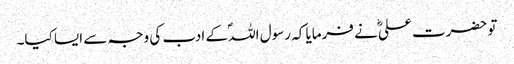
تو حضرت علیؓ نے فرمایا کہ رسول اللہؐ کے ادب کی وجہ سے ایسا کیا۔